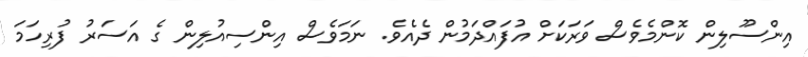
އިންސޫލިން ކޮންމެވެސް ވަރަކަށް އުފައްދަމުން ދެއެވެ. ނަމަވެސް އިންސިއުލިން ގެ އަސަރު ފުރިހަމަ